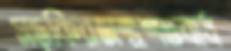
সড়কিরজন্মশতবার্ষ